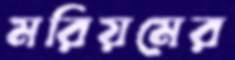
মরিয়মের